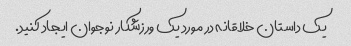
یک داستان خلاقانه در مورد یک ورزشکار نوجوان ایجاد کنید.